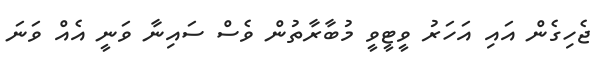
ޖެހިގެން އައި އަހަރު ވީޓީވީ މުބާރާތުން ވެސް ސައިނާ ވަނީ އެއް ވަނަ